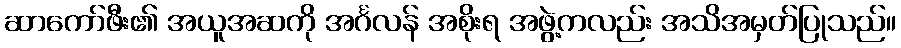
ဆာကော်ဖီး၏ အယူအဆကို အင်္ဂလန် အစိုးရ အဖွဲ့ကလည်း အသိအမှတ်ပြုသည်။